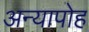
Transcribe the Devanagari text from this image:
अन्यापोह